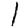
Digit: 1